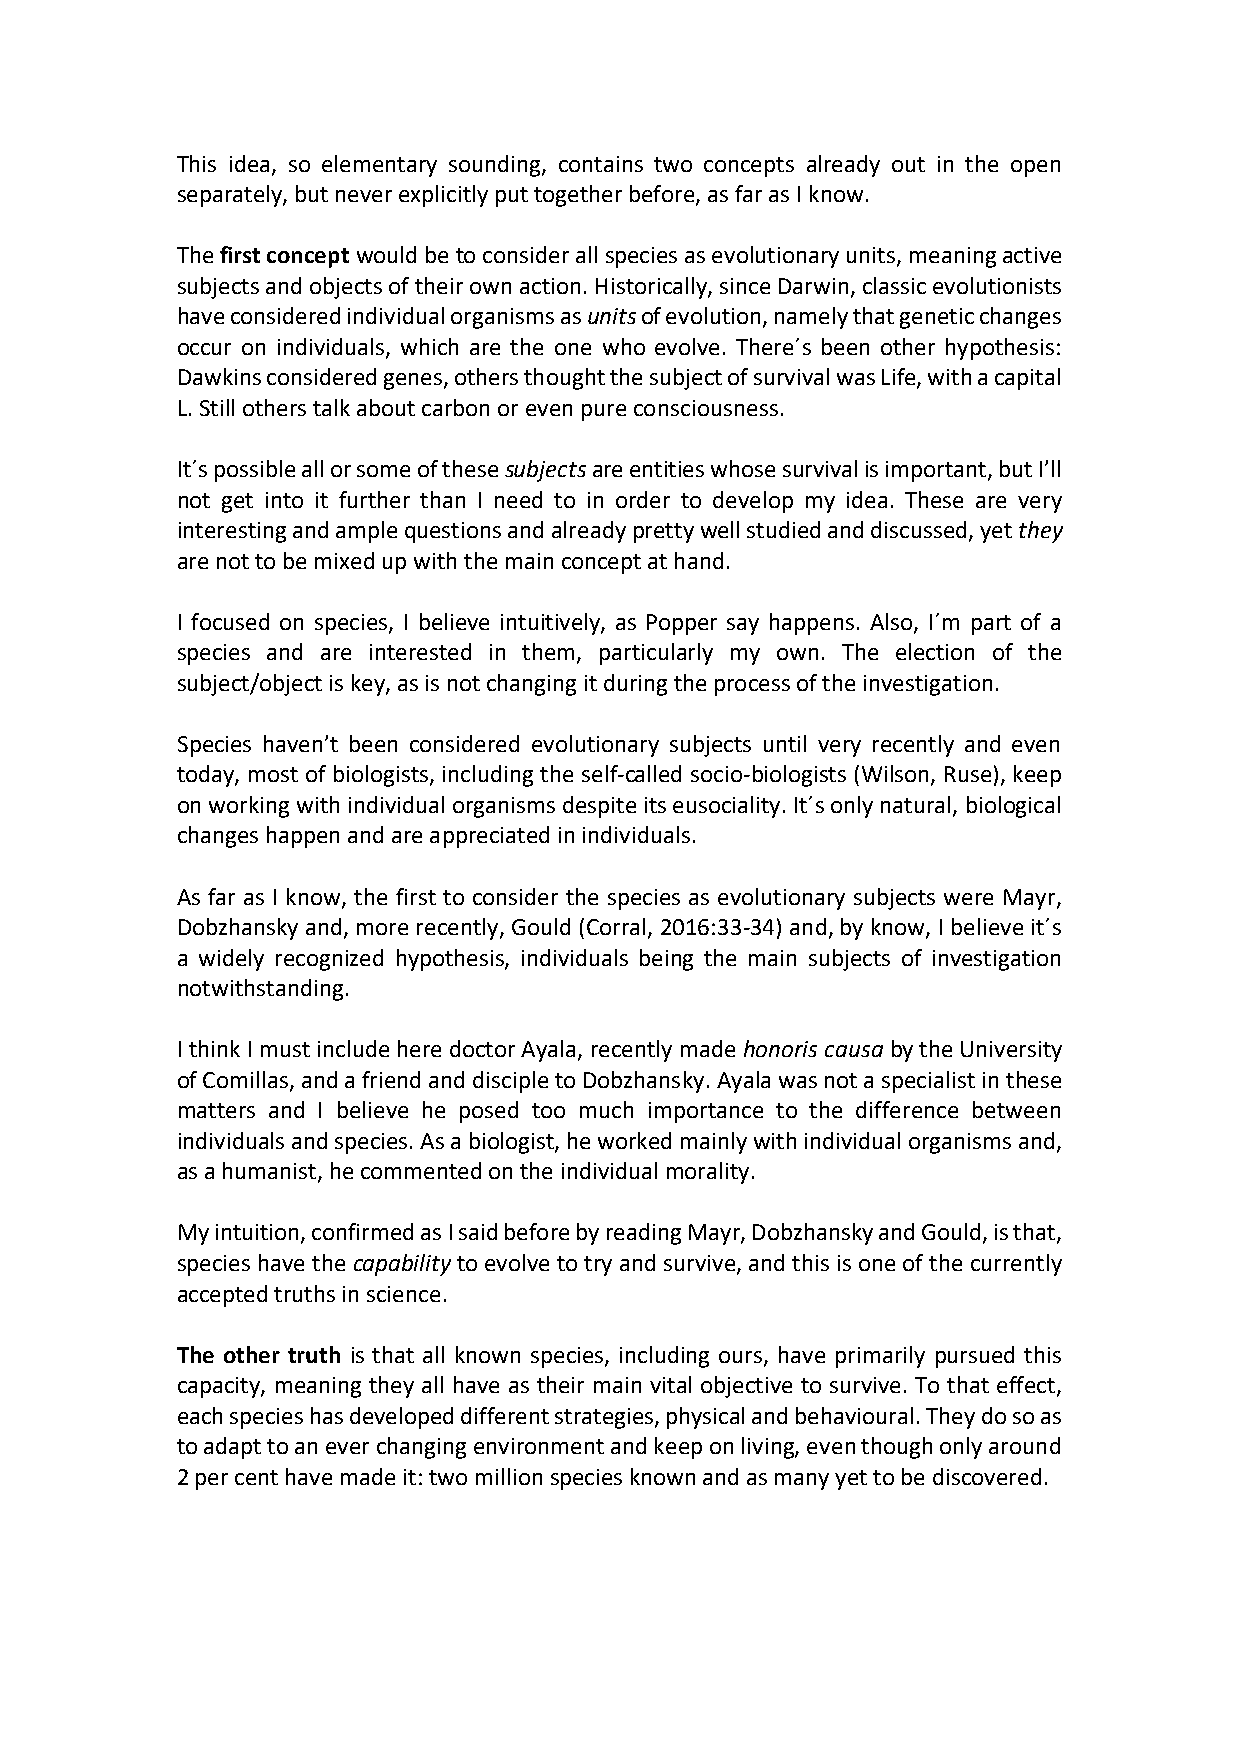
This idea, so elementary sounding, contains two concepts already out in the open
 separately, but never explicitly put together before, as far as I know.
 The first concept would be to consider all species as evolutionary units, meaning active
 subjects and objects of their own action. Historically, since Darwin, classic evolutionists
 have considered individual organisms as units of evolution, namely that genetic changes
 occur on individuals, which are the one who evolve. There´s been other hypothesis:
 Dawkins considered genes, others thought the subject of survival was Life, with a capital
 L. Still others talk about carbon or even pure consciousness.
 It´s possible all or some of these subjects are entities whose survival is important, but I’ll
 not get into it further than I need to in order to develop my idea. These are very
 interesting and ample questions and already pretty well studied and discussed, yet they
 are not to be mixed up with the main concept at hand.
 I focused on species, I believe intuitively, as Popper say happens. Also, I´m part of a
 species and are interested in them, particularly my own. The election of the
 subject/object is key, as is not changing it during the process of the investigation.
 Species haven’t been considered evolutionary subjects until very recently and even
 today, most of biologists, including the self-called socio-biologists (Wilson, Ruse), keep
 on working with individual organisms despite its eusociality. It´s only natural, biological
 changes happen and are appreciated in individuals.
 As far as I know, the first to consider the species as evolutionary subjects were Mayr,
 Dobzhansky and, more recently, Gould (Corral, 2016:33-34) and, by know, I believe it´s
 a widely recognized hypothesis, individuals being the main subjects of investigation
 notwithstanding.
 I think I must include here doctor Ayala, recently made honoris causa by the University
 of Comillas, and a friend and disciple to Dobzhansky. Ayala was not a specialist in these
 matters and I believe he posed too much importance to the difference between
 individuals and species. As a biologist, he worked mainly with individual organisms and,
 as a humanist, he commented on the individual morality.
 My intuition, confirmed as I said before by reading Mayr, Dobzhansky and Gould, is that,
 species have the capability to evolve to try and survive, and this is one of the currently
 accepted truths in science.
 The other truth is that all known species, including ours, have primarily pursued this
 capacity, meaning they all have as their main vital objective to survive. To that effect,
 each species has developed different strategies, physical and behavioural. They do so as
 to adapt to an ever changing environment and keep on living, even though only around
 2 per cent have made it: two million species known and as many yet to be discovered.